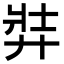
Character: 弉